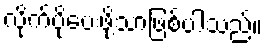
လိုက်ပို့ပေးဖို့သာဖြစ်ပါသည်။